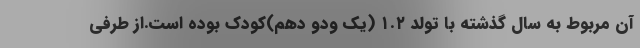
آن مربوط به سال گذشته با تولد ۱.۲ (یک ودو دهم)کودک بوده است.از طرفی